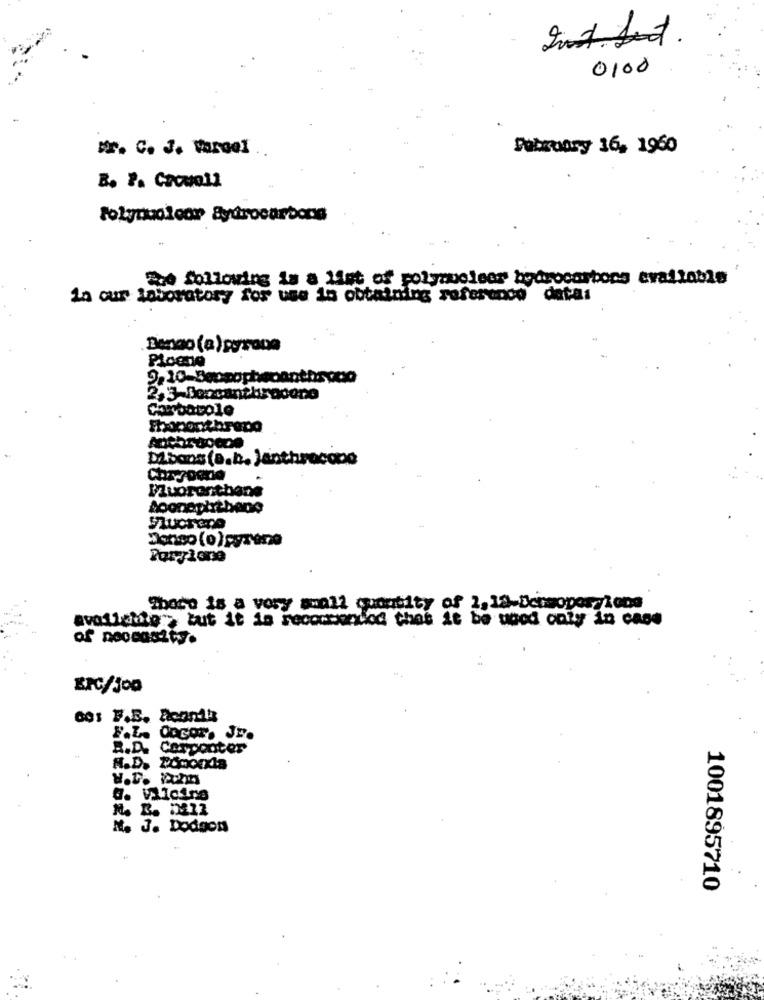
0100
Mr. C. J. Vardel
February 16, 1960
Folyruoloor Sydrocarbons
24 following is a list of polynuclear hydrocarbons available
In our laboratory for use in obtaining referendo datas
Bengo (a)pyrone
Ploene
Dibons (a.b. Janthracooo
orostbare
There is a very small quantity of 2, 13-Dermopor LoDe
avo11date >but it is recommended that it be used only in case
COS F.E. Rcanik
F.L. COGOT. JE.
R.D. Carconter
A.D. POmoeda
M. J. Dodgon
1001895710